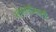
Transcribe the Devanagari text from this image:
सेनापतीसाठी